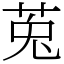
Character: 莵